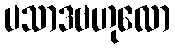
ပသာဒဗဟုလော